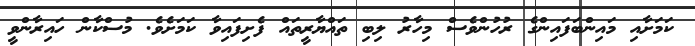
ކަމަށާއި މައިންބަފައިންގެ ރުހުންވެސް މިހާރު ލިބި ތައްޔާރީތައް ފެށިފައިވާ ކަމަށެވެ. މުސްކާން ހައިރާންވީ